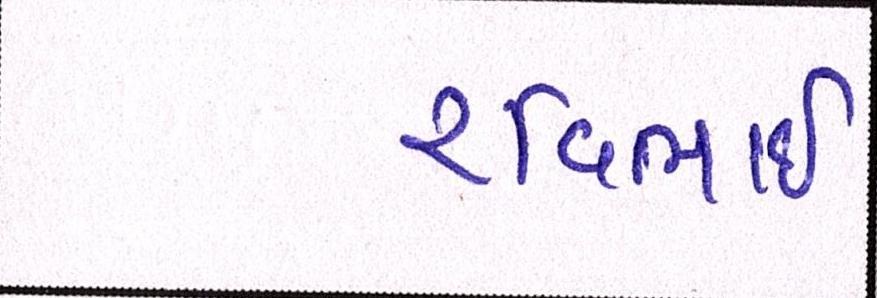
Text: રવિભાઇ